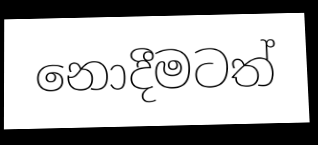
නොදීමටත්